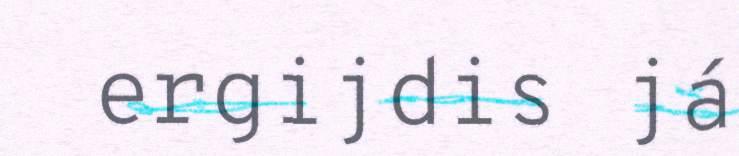
ergijdis já